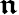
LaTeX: \boldsymbol{\mathfrak{n}}